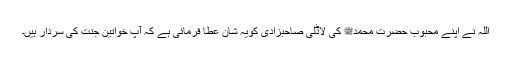
اللہ نے اپنے محبوب حضرت محمدﷺ کی لاڈلی صاحبزادی کویہ شان عطا فرمائی ہے کہ آپ خواتین جنت کی سردار ہیں۔